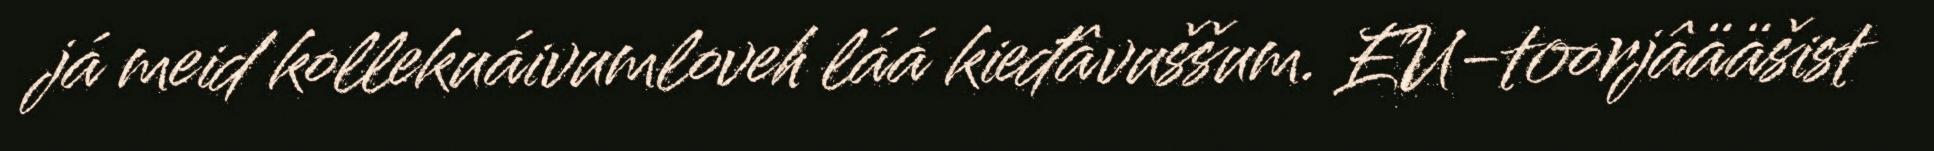
já meid kollekuáivumloveh láá kieđâvuššum. EU-toorjâääšist